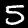
Label: 5